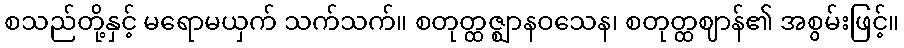
စသည်တို့နှင့် မရောမယှက် သက်သက်။ စတုတ္ထဇ္ဈာနဝသေန၊ စတုတ္ထဈာန်၏ အစွမ်းဖြင့်။